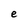
Character: e